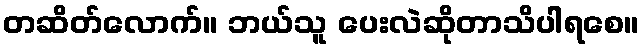
တဆိတ်လောက်။ ဘယ်သူ ပေးလဲဆိုတာသိပါရစေ။